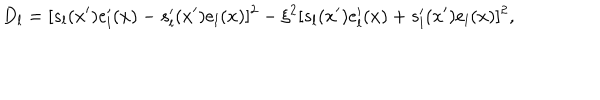
D _ { l } = [ s _ { l } ( x ^ { \prime } ) e _ { l } ^ { \prime } ( x ) - s _ { l } ^ { \prime } ( x ^ { \prime } ) e _ { l } ( x ) ] ^ { 2 } - \xi ^ { 2 } [ s _ { l } ( x ^ { \prime } ) e _ { l } ^ { \prime } ( x ) + s _ { l } ^ { \prime } ( x ^ { \prime } ) e _ { l } ( x ) ] ^ { 2 } ,